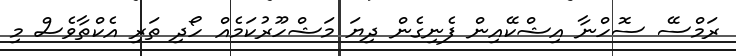
ރަމްސޭ ސޮހްނާ އިޝްކޭއިން ފެނިގެން ދިޔަ މަޝްހޫރުކަމެއް ހޯދި ތަރި އެކްތާވެސް މި